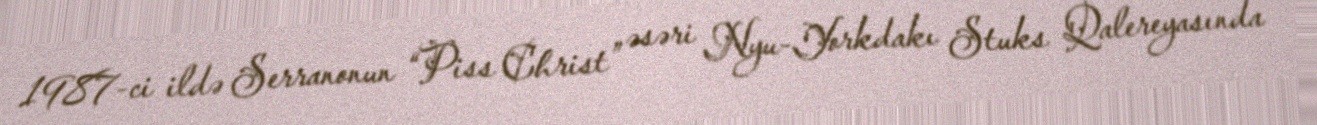
1987-ci ildə Serranonun “Piss Christ” əsəri Nyu-Yorkdakı Stuks Qalereyasında